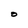
Character: O